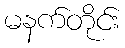
မနက်တိုင်း